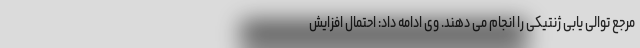
مرجع توالی یابی ژنتیکی را انجام می دهند. وی ادامه داد: احتمال افزایش